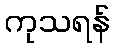
ကုသရန်